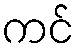
ကင်